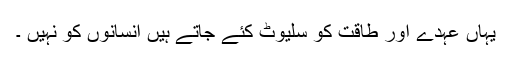
یہاں عہدے اور طاقت کو سلیوٹ کئے جاتے ہیں انسانوں کو نہیں ۔